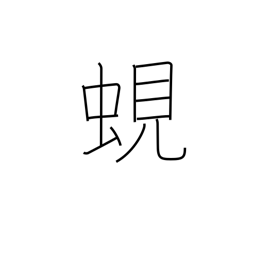
Meaning: fresh-water clam